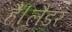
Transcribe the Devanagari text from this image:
है।लैंडर